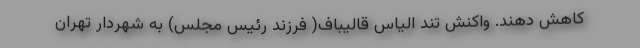
کاهش دهند. واکنش تند الیاس قالیباف( فرزند رئیس مجلس) به شهردار تهران